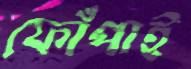
ফোঁপাই